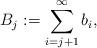
LaTeX: \begin{align*}B_j:=\sum_{i=j+1}^\infty b_i,\end{align*}